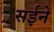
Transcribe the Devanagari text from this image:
सईने